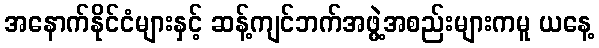
အနောက်နိုင်ငံများနှင့် ဆန့်ကျင်ဘက်အဖွဲ့အစည်းများကမူ ယနေ့